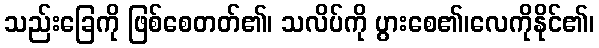
သည်းခြေကို ဖြစ်စေတတ်၏၊ သလိပ်ကို ပွားစေ၏၊လေကိုနိုင်၏၊